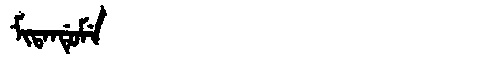
Manchu: ᠮᡳᡨᠠᠨᡩᡠᠮᡝ
Romanization: MITANDUME